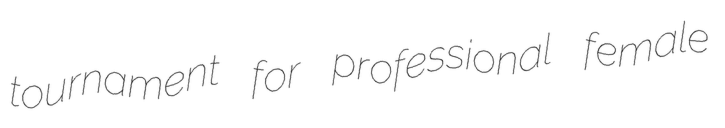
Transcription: tournament for professional female